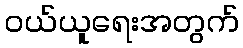
ဝယ်ယူရေးအတွက်